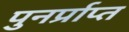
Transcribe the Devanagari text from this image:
पुनर्प्राप्‍त